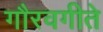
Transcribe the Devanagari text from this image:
गौरवगीते